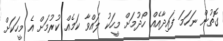
ގޮތުން ނަހަމަ ފައިދާއެއް ހޯދުމަށް މީހަކު ލައްވާ ކަމެއް ކުރުމަށް އެ މީހަކަށް